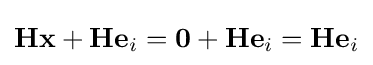
\mathbf {Hx} +\mathbf {He} _{i}=\mathbf {0} +\mathbf {He} _{i}=\mathbf {He} _{i}